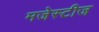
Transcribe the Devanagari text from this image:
मजेस्टीज